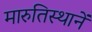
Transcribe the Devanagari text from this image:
मारुतिस्थानें